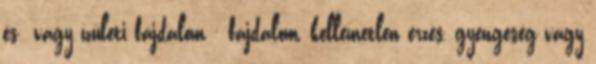
és vagy ízületi fájdalom - fájdalom, kellemetlen érzés, gyengeség vagy